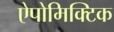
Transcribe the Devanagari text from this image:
ऐपोमिक्टिक